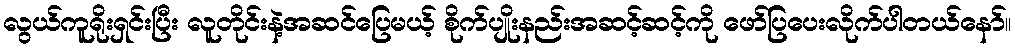
လွယ်ကူရိုးရှင်းပြီး လူတိုင်းနဲ့အဆင်ပြေမယ့် စိုက်ပျိုးနည်းအဆင့်ဆင့်ကို ဖော်ပြပေးလိုက်ပါတယ်နော်။